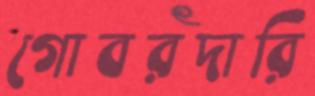
গোবরদারি